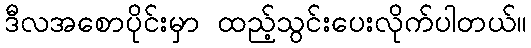
ဒီလအစောပိုင်းမှာ ထည့်သွင်းပေးလိုက်ပါတယ်။